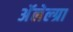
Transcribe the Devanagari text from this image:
अॅलेल्ग्रा